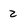
Character: 2